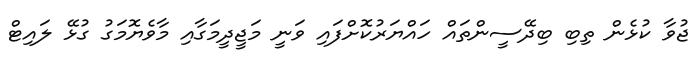
ޖުވާ ކުޅެން ތިބި ބިދޭސީންތައް ހައްޔަރުކޮށްފައި ވަނީ މަޖީދީމަގާއި މާވެޔޮމަގު ގުޅޭ ލައިޓް